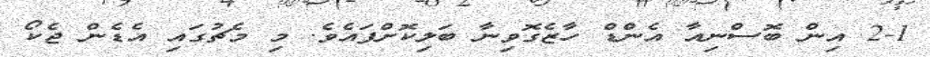
2-1 އިން ބޮސްނިއާ އެންޑް ހާޒެގޮވިނާ ބަލިކޮށްފައެވެ. މި މެޗުގައި އެޑެން ޖެކޯ